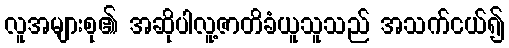
လူအများစု၏ အဆိုပါလူ့ဇာတိခံယူသူသည် အသက်ငယ်၍